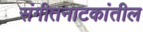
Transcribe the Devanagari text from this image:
संगीतनाटकांतील